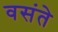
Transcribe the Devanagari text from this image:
वसंते